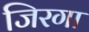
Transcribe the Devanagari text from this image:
जिरगा